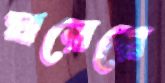
ঘরেরে